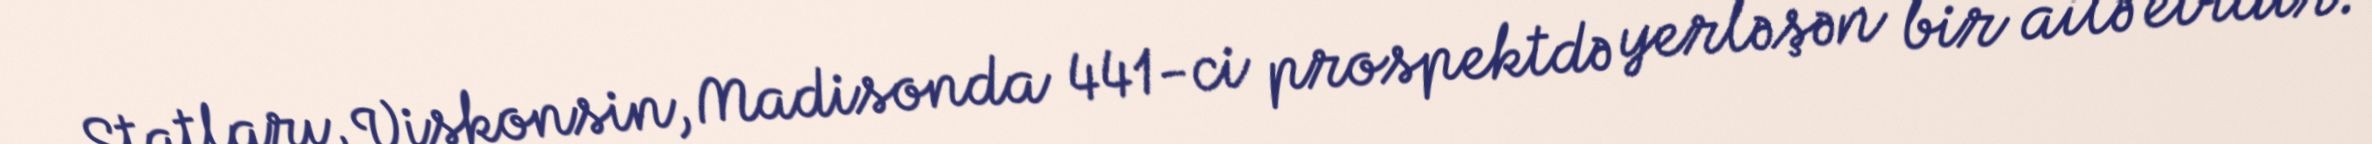
Ştatları, Viskonsin, Madisonda 441-ci prospektdə yerləşən bir ailə evidir.